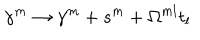
LaTeX: \gamma ^ { m } \to \gamma ^ { m } + s ^ { m } + \Omega ^ { m l } t _ { l }